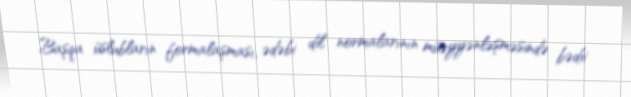
Başqa üslubların formalaşması, ədəbi dil normalarının müəyyənləşməsində bədii